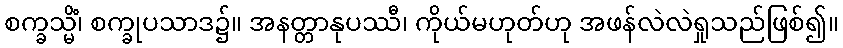
စက္ခသ္မိံ၊ စက္ခုပသာဒ၌။ အနတ္တာနုပဿီ၊ ကိုယ်မဟုတ်ဟု အဖန်လဲလဲရှုသည်ဖြစ်၍။